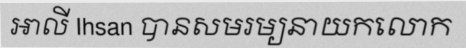
អាលី Ihsan បានសមរម្យនាយកលោក